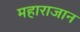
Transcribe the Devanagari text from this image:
महाराजान